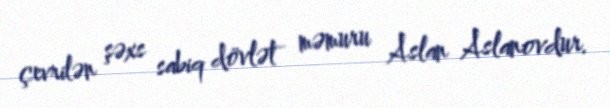
çevrilən şəxs sabiq dövlət məmuru Aslan Aslanovdur.